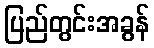
ပြည်တွင်းအခွန်